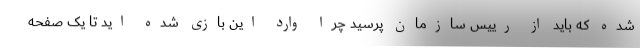
شده که باید از رییس سازمان پرسید چرا وارد این بازی شده اید تا یک صفحه